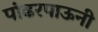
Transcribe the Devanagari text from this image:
पांढरपाऊनी